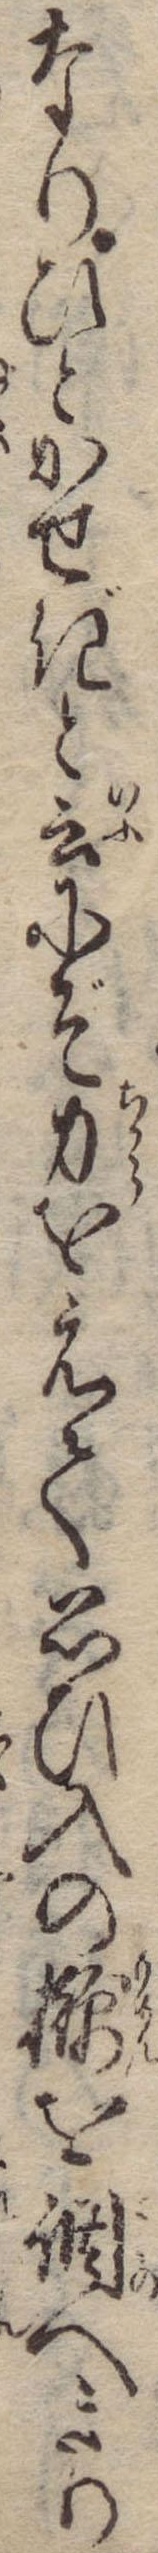
なりひとかせぎと云にぞ力をえて思ひ入のを調へきり